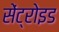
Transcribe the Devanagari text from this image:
सेंट्रोइड